Eesti_Ajutise_Valitsuse_Peavolinikud, lk 4
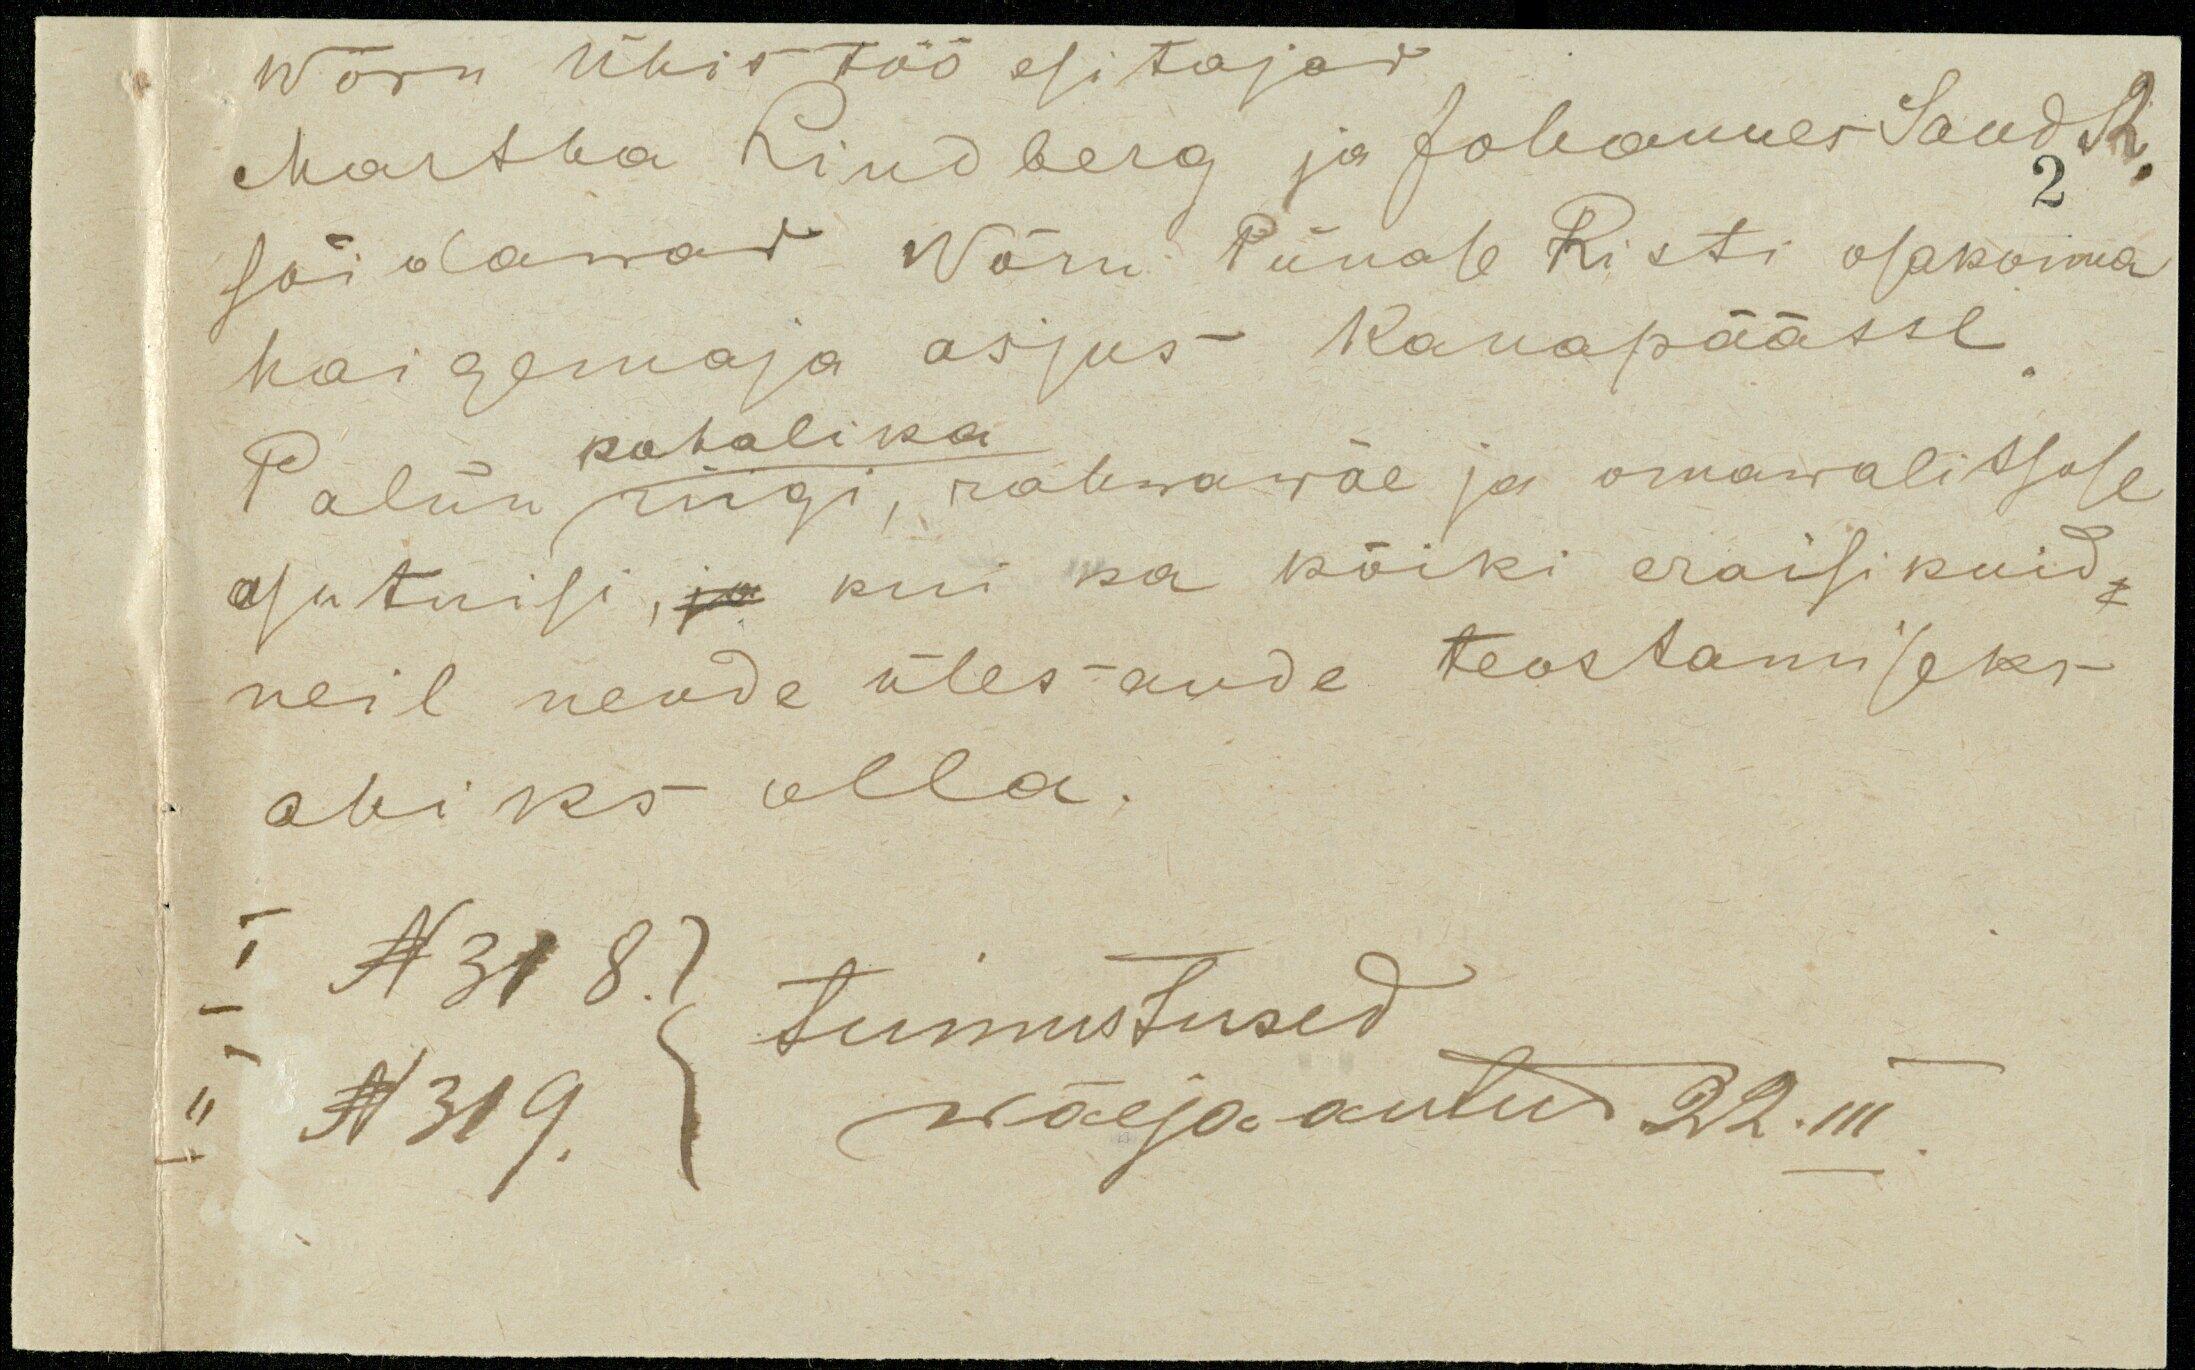
Wõru Ühistöö esitajad
Martha Lindberg ja Johannes Sandt2.
2
sõidawad Wõru Punase Risti osakonna
haigemaja asjus Kanapäässe
kohalika
Palun riigi, rahwawäe ja omawalitsuse
asutuisi, ja kui ka kõiki eraisikuid,
neil nende ülesande teostamiseks
abiks olla.
I N 318. ) tunnistused
II N 319.
wälja antud 22.III.